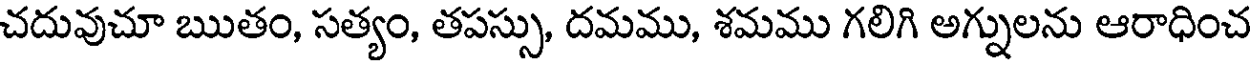
చదువుచూ ఋతం, సత్యం, తపస్సు, దమము, శమము గలిగి అగ్నులను ఆరాధించ